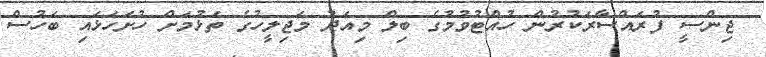
ޖިންސީ ފުރައްސާރަކުރުން ހުއްޓުވުމުގެ ބިލް މިއަދު މަޖިލީހުގެ ތަޅުމަށް ހުށަހަޅައި ބަހުސް